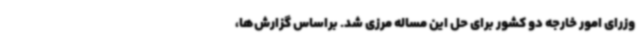
وزرای امور خارجه دو کشور برای حل این مساله مرزی شد. براساس گزارش‌ها،